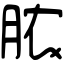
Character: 脓